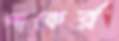
পাকের্র